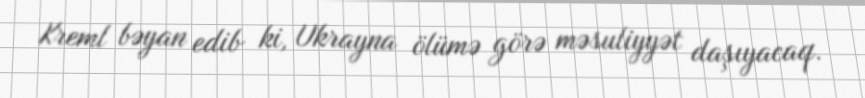
Kreml bəyan edib ki, Ukrayna ölümə görə məsuliyyət daşıyacaq.